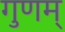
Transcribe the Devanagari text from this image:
गुणम्